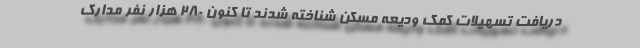
دریافت تسهیلات کمک ودیعه مسکن شناخته شدند تا کنون ۲۸۰ هزار نفر مدارک